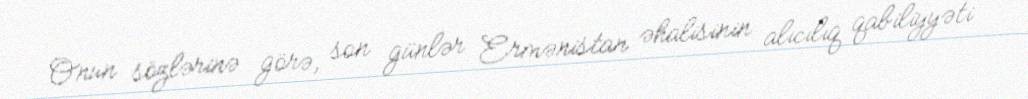
Onun sözlərinə görə, son günlər Ermənistan əhalisinin alıcılıq qabiliyyəti